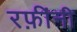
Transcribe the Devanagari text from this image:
रफ़ींनी